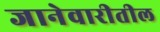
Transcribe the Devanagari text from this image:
जानेवारीतील